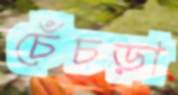
চেঁচড়া